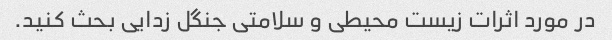
در مورد اثرات زیست محیطی و سلامتی جنگل زدایی بحث کنید.